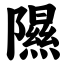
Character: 隰